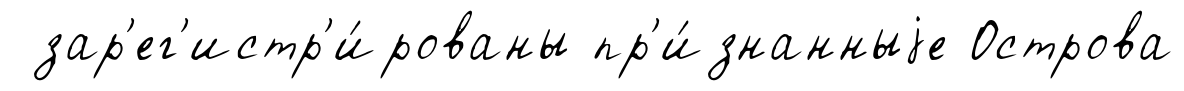
зар'ег'истр'и́рованы пр'и́знанныjе Острова